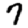
Digit: 7